Calcutta medical institutions reports 1871-78
Year: 1871
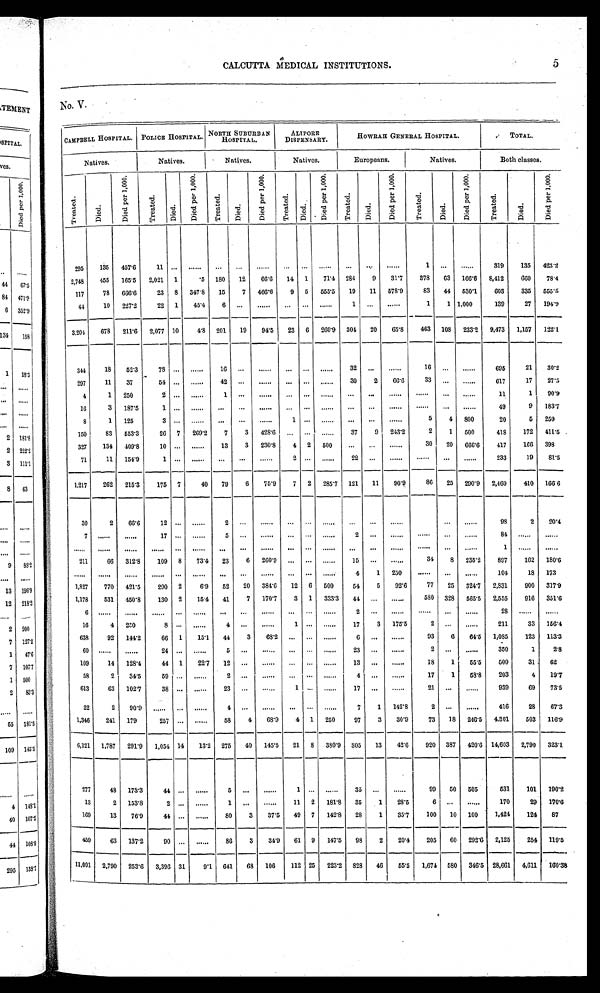
5
CALCUTTA MEDICAL INSTITUTIONS.
NO. V.
CAMPBELL HOSPITAL.
P O L I C E H O S P I T A L
NORTH S UBURBAN
HOSPITAL.
ALIPORE
DISPENSARY.
HOWRAH GENERAL HOSPITAL.
TOTAL.
Natives.
Natives.
Natives.
Natives.
Europeans.
Natives.
Both classes.
T r e a t e d .
D i e d .
D i e d p e r 1 , 0 0 0 .
T r e a t e d .
Died.
D i e d p e r 1 , 0 0 0 .
Tr eat ed.
D i e d .
D i e d p e r 1 , 0 0 0 .
T r e a t e d .
D i e d .
D i e d p e r 1 , 0 0 0 .
T r e a t e d .
D i e d .
Di e d p e r 1 , 0 0 0 .
T r e a t e d .
Di ed.
Di e d p e r 1 , 0 0 0 .
T r e a t e d .
D i e d .
D i e d p e r 1 , 0 0 0 .
295
135
457.6
11
. . .
. . .
. . .
. . .
. . .
. . .
. . .
. . .
. . .
. . .
. . .
1
. . .
. . .
319
135 423.2
2, 748
455
165.5
2,021 1
. 5 180
1 2
66.6 14 1
71.4 284
9
31.7
378
63 166.6 8,412
660
78. 4
117
78
666.6
23 8 347.8
15
7
466.6
9 5
555.5 19
11 578.9
83
44 530.1
603
335
555.5
44
10
227.2
22 1
45.4
6
. . .
. . .
. . .
. . .
. . .
1
. . .
. . .
1
1
1 , 0 0 0
139
27
194.9
3,204
678
211.6
2,077
1 0
4.8 201
19
94.5
23 6 260.9 304 20
65.8
463 108
233.2
9,473 1,157
122.1
344
18
52.3
78
. . .
. . .
16
. . .
. . .
. . .
. . .
. . .
32
. . .
. . .
16
. . .
. . .
695
21
30.2
297
11
3 7
54
. . .
. . .
42
. . .
. . .
. . .
. . .
. . . 30
2
66.6
33
. . .
. . .
617
17
27.5
4
1
250
2
. . .
. . .
1
. . .
. . .
. . .
. . .
. . . . . .
. . .
. . .
. . .
. . .
. . .
11
1
90.9
16
3
187.5
1
. . .
. . .
. . . . . .
. . .
. . .
. . .
. . .
. . . . . .
. . .
. . .
. . .
. . . 49
9
183.7
8
1 125
3
. . .
. . .
. . . . . .
. . .
1
. . .
. . . . . .
. . .
. . .
5
4 800
20
5
250
150
83
553.3
26 7
269.2
7
3
428.6
. . .
. . .
. . .
37
9 243.2
2
1 500
418
172 411.5
327
134
409.8
10
. . . ....
13
3
230.8
4 2 500
. . .
. . .
. . .
30
20
666.6
417
166
398
71
11 154.9
1
. . .
. . .
. . .
. . .
. . .
2
. . .
. . . 22
. . .
. . .
. . .
. . .
. . .
233
19
81.5
1,217
262
215.3
175 7
40
79
6
75.9
7 2 285.7 121
11
90.9
86
25 290.9
2,460
410 166.6
30
2
66.6
12
. . .
. . .
2
. . .
. . .
. . .
. . .
. . .
. . .
. . .
. . .
. . .
. . .
. . .
98
2
2 0 . 4
7
. . .
. . .
17
. . .
. . .
5
. . .
. . .
. . .
. . .
. . . 2
. . .
. . .
. . .
. . .
. . .
84
. . .
. . .
. . .
. . .
. . .
. . .
. . .
. . .
. . .
. . .
. . .
. . .
. . .
. . . . . .
. . .
. . .
. . .
. . .
. . .
1
. . .
. . .
211
66 312.8
109 8
73.4 23
6
260.9
. . .
. . .
. . .
15
. . .
. . .
34
8 235.2
897
162 180.6
. . .
. . .
. . .
. . .
. . .
. . .
. . .
. . .
. . .
. . .
. . .
. . . 4
1 250
. . .
. . .
. . .
104
18 173
1,827
770
421.5
290 2
6.9
52
20
384.6
12 6 500
54
5
92.6
77
25 324.7 2,831
900
317.9
1,178
531 450.8
130 2
15.4
41
7
170.7
3 1
333.3 44
. . .
. . .
580 328
565.5
2,555
916 351.6
6
. . .
. . .
. . .
. . .
. . .
. . . . . .
. . .
. . .
. . .
. . . 2
. . .
. . .
. . .
. . .
. . .
28
. . .
. . .
16
4 250
8
. . .
. . .
4
. . .
. . .
1
. . .
. . . 17
3 175.5
2
. . .
. . .
211
33 156.4
638
92 144.2
66 1
15.1
44
3
68.2
. . .
. . .
. . .
6
. . .
. . .
93
6
64.5
1,085
123 113.3
60
. . .
. . .
24
. . .
. . .
5
. . .
. . .
. . .
. . .
. . . 23
. . .
. . .
2
. . .
. . .
350
1
2.8
109
14 128.4
44 1
22.7 12
. . .
. . .
. . .
. . .
. . . 13
. . .
. . .
18
1 55.5
500
31
62
58
2
34.5
5 9
. . .
. . .
2
. . .
. . .
. . .
. . .
. . .
4
. . .
. . .
17
1
58.8
203
4
19.7
613
63 102.7
3 8 . . .
. . .
23
. . .
. . .
1 . . .
. . . 17
. . .
. . .
21
. . .
. . .
939
69
73.5
22
2
90.9
. . .
. . .
. . .
4
. . .
. . .
. . .
. . .
. . .
7
1
142.8
2
. . .
. . .
416
28
67.3
1,346
241 179
257
. . .
. . .
58
4
68.9
4 1 250
97
3
30.9
73
18 246.5 4.301
503 116.9
6,121 1,787
291.9
1,054 14
13.2 275
40
_
145.5
21
_
8 380.9 305
13
42.6
920 387
420.6 14,603 2,790
323.1
277
4 8
173.3
44
. . .
. . .
5
. . .
. . .
1
. . .
. . .
35
. . .
. . .
99
50 505
531
101 190.2
1 3
2 153.8
2
. . .
. . .
1
. . .
. . .
11 2 181.8
35
1
28.5
6
. . .
. . .
170
29 170.6
169
13
76.9
44
. . .
. . .
80
3
37.5
49 7
142.8
28
1
35.7
100
10 100
1,424
124
87
4 5 9
63 137.2
90
. . .
. . .
86
3
34.9
61 9
147.5
98
2
20.4
205
60 292.6 2,125
254 119.5
1 1 , 0 0 1
2,790 253.6 3,396 31
9.1 641
68 106
112 25
223.2 828
46
55.5 1,674 580 346.5 28,661 4,611 160.38